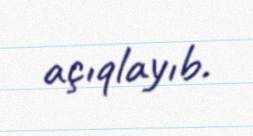
açıqlayıb.